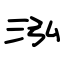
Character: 泓